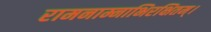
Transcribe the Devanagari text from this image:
रामनाम्नाभिरक्षितम्‌।